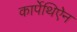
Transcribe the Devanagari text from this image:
कार्पेथिऐन